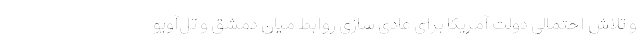
و تلاش احتمالی دولت آمریکا برای عادی سازی روابط میان دمشق و تل‌آویو